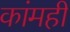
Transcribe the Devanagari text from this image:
कांमही